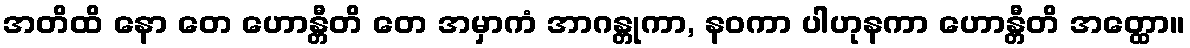
အတိထိ နော တေ ဟောန္တီတိ တေ အမှာကံ အာဂန္တုကာ, နဝကာ ပါဟုနကာ ဟောန္တီတိ အတ္ထော။